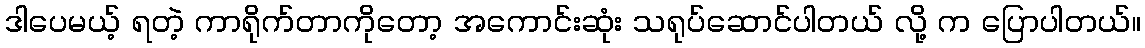
ဒါပေမယ့် ရတဲ့ ကာရိုက်တာကိုတော့ အကောင်းဆုံး သရုပ်ဆောင်ပါတယ် လို့ က ပြောပါတယ်။